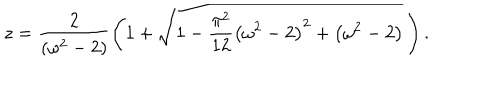
LaTeX: z = \frac { 2 } { \left( \omega ^ { 2 } - 2 \right) } \left( 1 + \sqrt { 1 - \frac { \pi ^ { 2 } } { 1 2 } \left( \omega ^ { 2 } - 2 \right) ^ { 2 } + \left( \omega ^ { 2 } - 2 \right) } \, \right) .